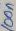
Text: 100n